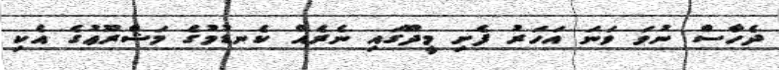
ދެހާސް ނުވަ ވަނަ އަހަރު ފެށި މީދޫގައި ނެރެއް ކެނޑުމުގެ މަޝްރޫޢުގެ އެކި